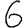
Digit: 6